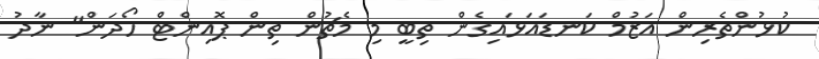
ކުޅުންތެރިން އަޒުމް ކަނޑައަޅައިގެން ތިބީ މި މެޗުން ތިން ޕޮއިންޓް ހޯދަން" ނާދު